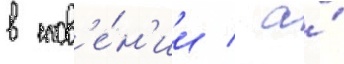
в слов'е́н'ии / а́